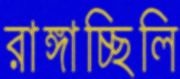
রাঙ্গাচ্ছিলি